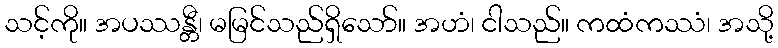
သင့်ကို။ အပဿန္တီ၊ မမြင်သည်ရှိသော်။ အဟံ၊ ငါသည်။ ကထံကဿံ၊ အသို့